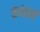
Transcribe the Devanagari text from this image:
कॅमेरांनी